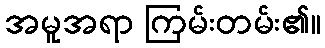
အမူအရာ ကြမ်းတမ်း၏။